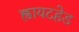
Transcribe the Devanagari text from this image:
ह्वायटहेड